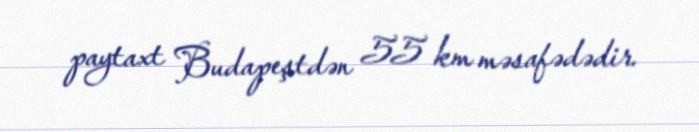
paytaxt Budapeştdən 55 km məsafədədir.